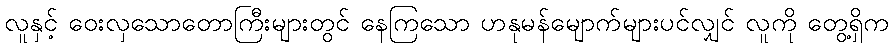
လူနှင့် ဝေးလှသောတောကြီးများတွင် နေကြသော ဟနုမန်မျောက်များပင်လျှင် လူကို တွေ့ရှိက